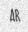
AB